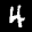
Label: 4